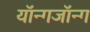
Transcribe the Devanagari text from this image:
यॉन्गजॉन्ग